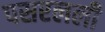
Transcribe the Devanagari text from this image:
पसरलली